Second report of the anti-malarial operations at Mian Mir, 1901-1903 - Number 9
Year: 1901
Disease focus: Malaria
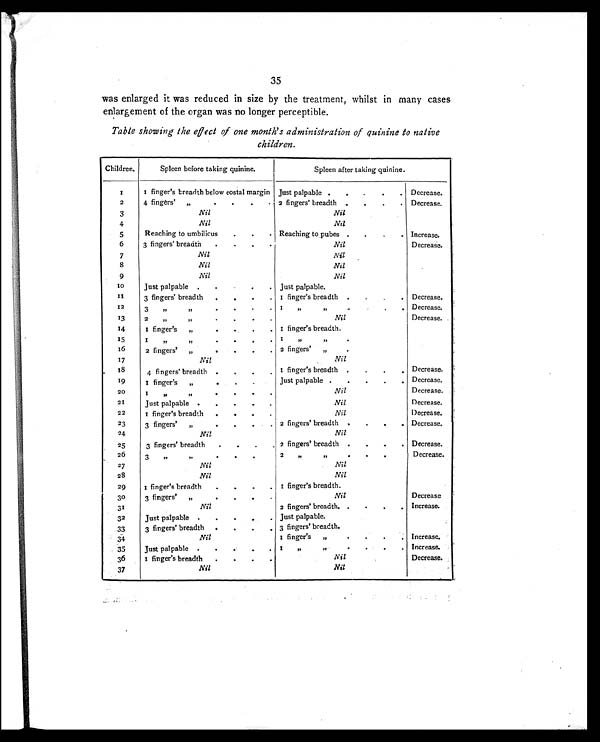
35
was enlarged it was reduced in size by the treatment, whilst in many cases
enlargement of the organ was no longer perceptible.
Table showing the effect of one month's administration of quinine to native
children.
Children.
Spleen before taking quinine.
Spleen after taking quinine.
1
1 finger's breadth below costal margin Just palpable .
.
.
.
. Decrease.
2
4 fingers' „
.
.
.
. 2 fingers' breadth .
.
.
. Decrease.
3
Nil
Nil
4
Nil
Nil
5
Reaching to umbilicus
.
.
. Reaching to pubes .
.
.
. Increase.
6
3 fingers' breadth
.
.
.
.
Nil
Decrease.
7
Nil
Nil
8
Nil
Nil
9
Nil
Nil
1 0
Just palpable .
.
.
. Just palpable.
1 1
3 fingers' breadth
.
.
.
.
1 finger's breadth .
.
.
. Decrease.
12
3 „ „
.
. .
.
1 „ „
.
.
.
. Decrease.
13
2 „ „
.
.
.
.
Nil
Decrease.
14
1 finger's „
.
.
.
1 finger's breadth.
15
1 „ „
.
.
.
. 1
„ „
.
16
2 fingers' „
.
.
.
. 2 fingers' „
.
17
Nil
Nil
18
4 fingers' breadth .
.
.
. 1 finger's breadth .
.
.
. Decrease.
19
1 finger's „
.
.
.
Just palpable .
.
.
.
. Decrease.
20
1 „ „
.
.
.
Nil
Decrease.
21
Just palpable .
.
.
.
.
Nil
Decrease.
22
1 finger's breadth
.
.
.
.
Nil
Decrease.
23
3 fingers' „
.
.
.
. 2 fingers' breadth .
.
.
. Decrease.
24
Nil
Nil
25
3 fingers' breadth
.
.
.
. 2 fingers' breadth .
.
. Decrease.
26
3 „ „
.
.
.
2
„ „
.
.
.
. Decrease.
27
Nil
Nil
28
Nil
Nil
29
1 finger's breadth
.
.
.
. 1 finger's breadth.
3o
3 fingers' „
.
.
.
.
Nil
Decrease
31
Nil
2 fingers' breadth. .
.
.
. Increase.
32
Just palpable .
.
.
.
. Just palpable.
33
3 fingers' breadth
.
.
.
. 3 fingers' breadth.
34
Nil
1 finger's „
.
.
.
. Increase.
35
Just palpable .
.
.
.
.
1 „ „
.
.
.
. Increase
36
1 finger's breadth
.
.
.
.
Nil
Decrease.
37
Nil
Nil